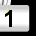
Digit: 1